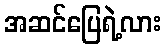
အဆင်ပြေရဲ့လား